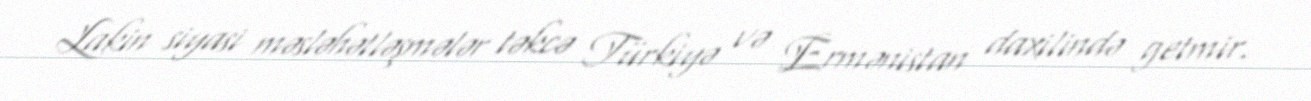
Lakin siyasi məsləhətləşmələr təkcə Türkiyə və Ermənistan daxilində getmir.